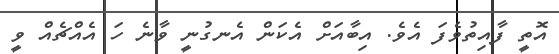
އޮތީ ފާއިތުވެފަ އެވެ. އިބާއަށް އެކަން އެނގުނީ ވާނެ ހަ އެއްޗެއް ވީ